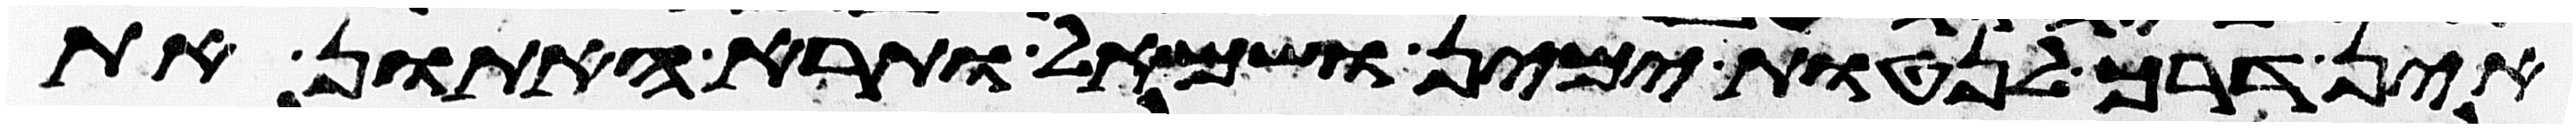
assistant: אין דרך לנטות ימין ושמאל ותרא האתון את